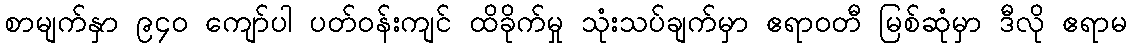
စာမျက်နှာ ၉၄၀ ကျော်ပါ ပတ်ဝန်းကျင် ထိခိုက်မှု သုံးသပ်ချက်မှာ ဧရာဝတီ မြစ်ဆုံမှာ ဒီလို ဧရာမ